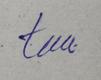
Signature authenticity: genuine